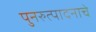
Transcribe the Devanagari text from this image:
पुनरुत्पादनाचे